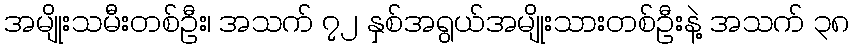
အမျိုးသမီးတစ်ဦး၊ အသက် ၇၂ နှစ်အရွယ်အမျိုးသားတစ်ဦးနဲ့ အသက် ၃၈